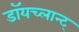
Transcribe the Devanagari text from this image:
डॉयच्लान्ट्